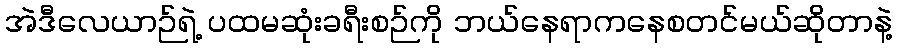
အဲဒီလေယာဉ်ရဲ့ ပထမဆုံးခရီးစဉ်ကို ဘယ်နေရာကနေစတင်မယ်ဆိုတာနဲ့